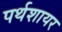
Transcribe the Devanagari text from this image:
पर्थशायर